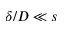
\delta / D \ll s